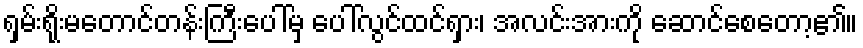
ရှမ်းရိုးမတောင်တန်းကြီးပေါ်မှ ပေါ်လွင်ထင်ရှား၊ အလင်းအားကို ဆောင်စေတော့၏။